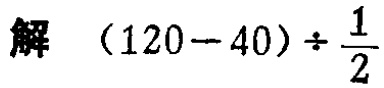
解 \((120 - 40) \div \frac{1}{2}\)